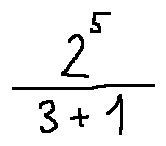
\frac { 2 ^ { 5 } } { 3 + 1 }